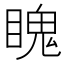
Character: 䁛